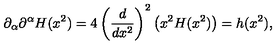
\partial _ { \alpha } \partial ^ { \alpha } H ( x ^ { 2 } ) = 4 \left( { \frac { d } { d x ^ { 2 } } } \right) ^ { 2 } \left( x ^ { 2 } H ( x ^ { 2 } ) \right) = h ( x ^ { 2 } ) ,